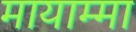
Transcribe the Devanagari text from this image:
मायाम्मा